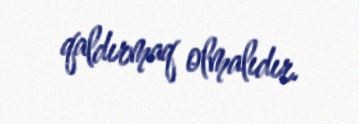
qaldırmaq olmalıdır.